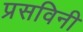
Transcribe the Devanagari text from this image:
प्रसविनी